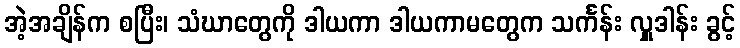
အဲ့အချိန်က စပြီး၊ သံဃာတွေကို ဒါယကာ ဒါယကာမတွေက သင်္ကန်း လှူဒါန်း ခွင့်